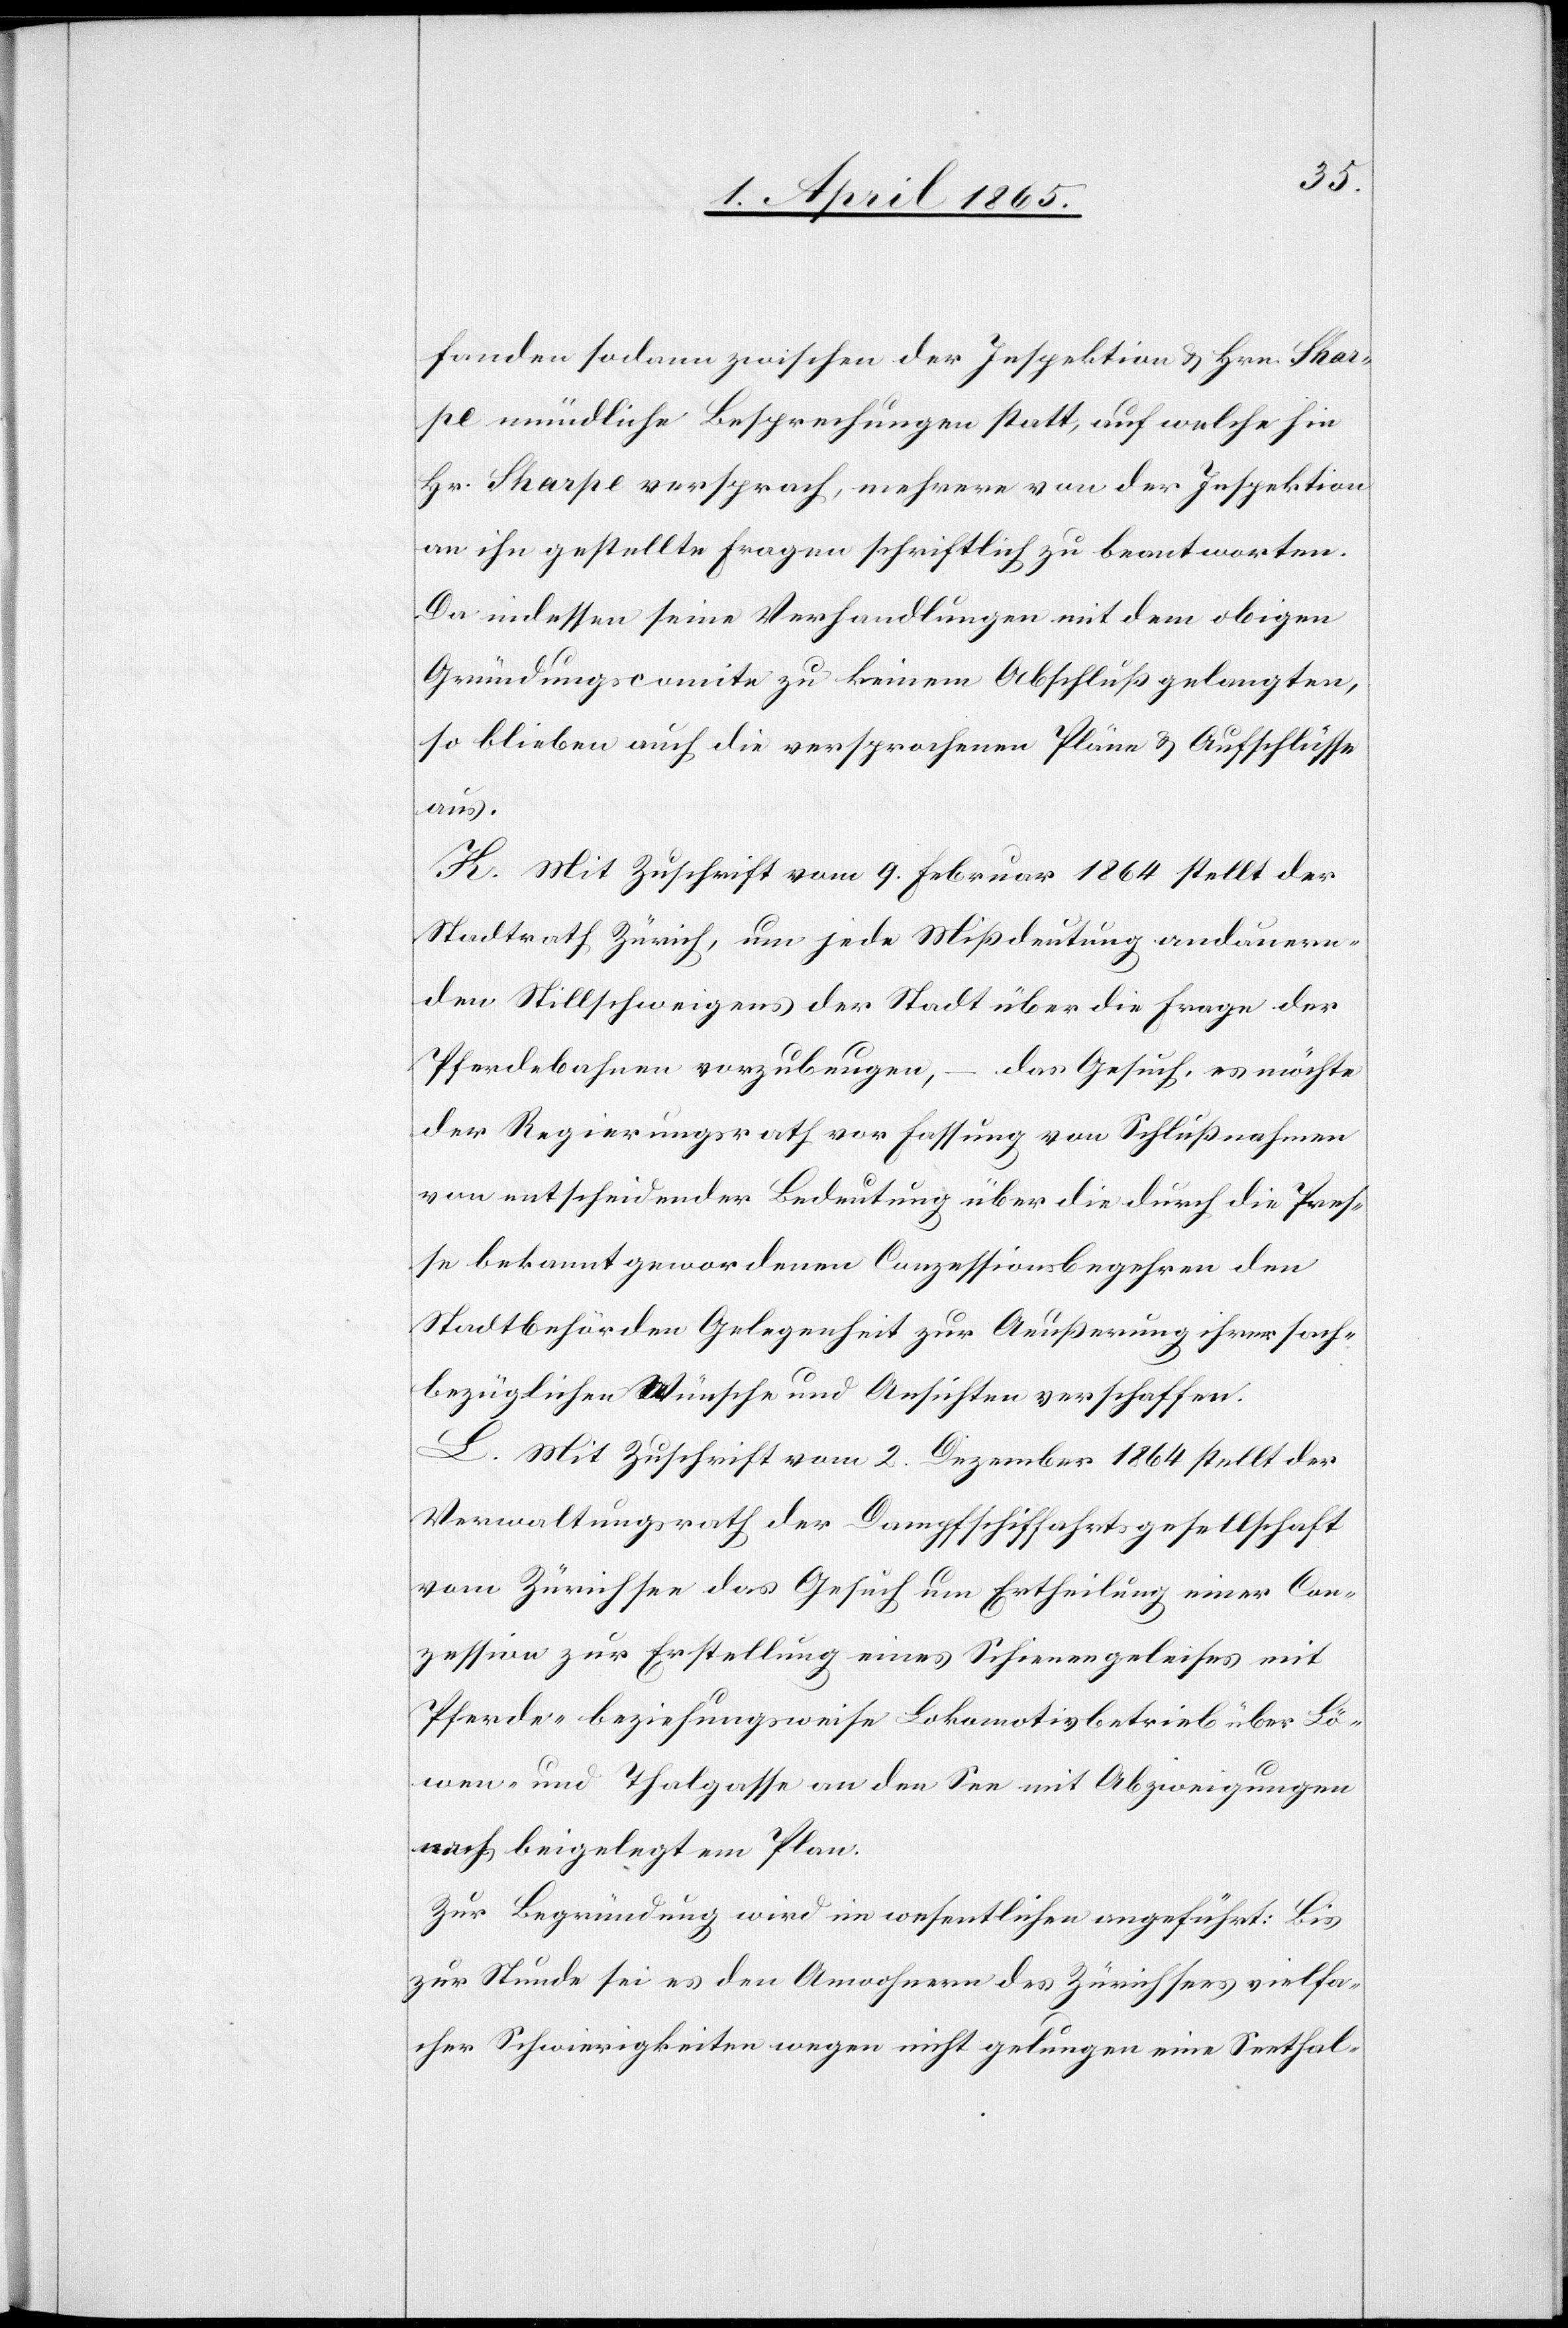
fanden sodann zwischen der Inspektion & Hrn. Shar¬
pe mündliche Besprechungen statt, auf welche hin
Hr. Sharpe versprach, mehrere von der Inspektion
an ihn gestellte Fragen schriftlich zu beantworten.
Da indessen seine Verhandlungen mit dem obigen
Gründungscomite zu keinem Abschluß gelangten,
so blieben auch die versprochenen Pläne & Aufschlüsse
aus.
K. Mit Zuschrift vom 9. Februar 1864 stellt der
Stadtrath Zürich, um jede Mißdeutung andauern¬
den Stillschweigens der Stadt über die Frage der
Pferdebahnen vorzubeugen, – das Gesuch, es möchte
der Regierungsrath vor Fassung von Schlußnahmen
von entscheidender Bedeutung über die durch die Pres¬
se bekannt gewordenen Conzessionsbegehren den
Stadtbehörden Gelegenheit zur Aeußerung ihrer sach¬
bezüglichen Wünsche und Ansichten verschaffen.
L. Mit Zuschrift vom 2. Dezember 1864 stellt der
Verwaltungsrath der Dampfschiffahrtsgesellschaft
vom Zürichsee das Gesuch um Ertheilung einer Con¬
zession zur Erstellung eines Schienengeleises mit
Pferde- beziehungsweise Lokomotivbetrieb über Lö¬
wen- und Thalgasse an den See mit Abzweigungen
nach beigelegtem Plan.
Zur Begründung wird im wesentlichen angeführt: Bis
zur Stunde sei es den Anwohnern des Zürichsees vielfa¬
cher Schwierigkeiten wegen nicht gelungen eine Seethal-